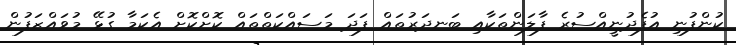
ކުންފުނި އުފެދުނީއްސުރެ ފާލަންތަކާއި ބަނދަރުތައް ފަދަ މަސައްކަތްތައް ކޮށްކޮށް އެކަމާ ގުޅޭ މުވައްޒަފުން